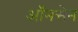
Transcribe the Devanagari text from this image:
ऑनसेन